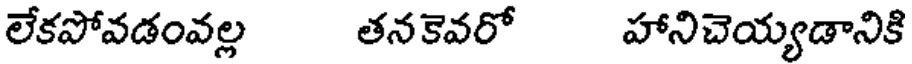
లేకపోవడంవల్ల తనకెవరో హానిచెయ్యడానికి